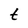
Character: t